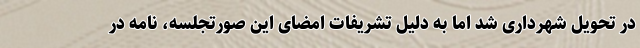
در تحویل شهرداری شد اما به دلیل تشریفات امضای این صورتجلسه، نامه در